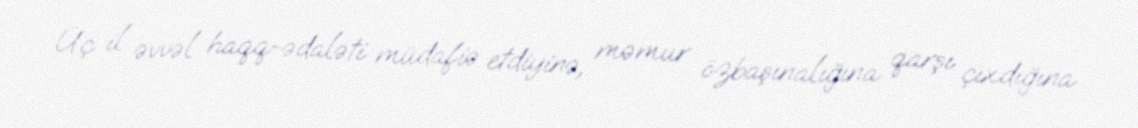
Üç il əvvəl haqq-ədaləti müdafiə etdiyinə, məmur özbaşınalığına qarşı çıxdığına